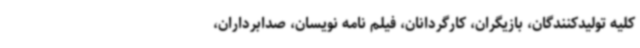
کلیه تولیدکنندگان، بازیگران، کارگردانان، فیلم نامه نویسان، صدابرداران،